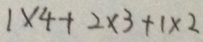
= 1 \times 4 + 2 \times 3 + 1 \times 2